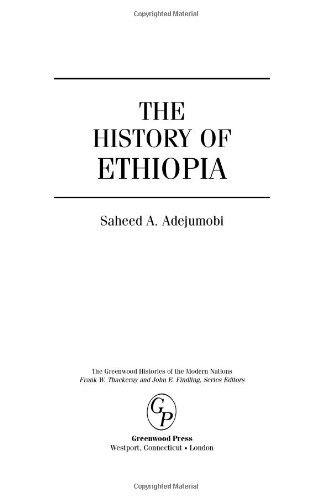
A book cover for The History of Ethiopia (The Greenwood Histories of the Modern Nations); Saheed A. Adejumobi; History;